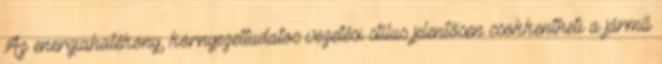
Az energiahatékony, környezettudatos vezetési stílus jelentősen csökkentheti a jármű